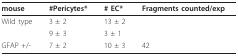
<table><thead><tr><td><b>mouse</b></td><td><b>#Pericytes*</b></td><td><b># EC*</b></td><td><b>Fragments counted/exp</b></td></tr></thead><tbody><tr><td>Wild type</td><td>3 ± 2</td><td>13 ± 2</td><td>[EMPTY_CELL]</td></tr><tr><td>[EMPTY_CELL]</td><td>9 ± 3</td><td>3 ± 1</td><td>[EMPTY_CELL]</td></tr><tr><td>GFAP +/-</td><td>7 ± 2</td><td>10 ± 3</td><td>42</td></tr></tbody></table>